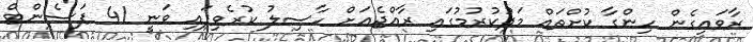
ރާވައިގެން ހިންގާ ކުށްތައް މަދުކުރުމުގައި ރާއްޖެއަށް ހާސިލު ކުރެވިފައި ވަނީ 41 ޕަސެންޓް